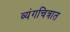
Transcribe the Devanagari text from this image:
व्यंगचित्रात